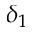
\delta _ { 1 }